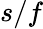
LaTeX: s/f